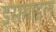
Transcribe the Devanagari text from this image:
इसमाइल